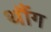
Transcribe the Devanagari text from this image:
थौंग